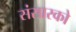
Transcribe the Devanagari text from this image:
संसारको